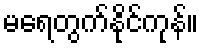
မရေတွက်နိုင်ကုန်။